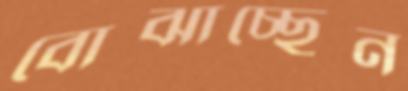
বোঝাচ্ছেন